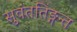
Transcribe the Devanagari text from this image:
सुवंततिङ्गन्त